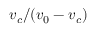
v _ { c } / ( v _ { 0 } - v _ { c } )